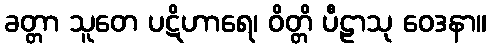
ခတ္တာ သူတေ ပဋိဟာရေ၊ ဝိတ္တိ ပီဠာသု ဝေဒနာ။